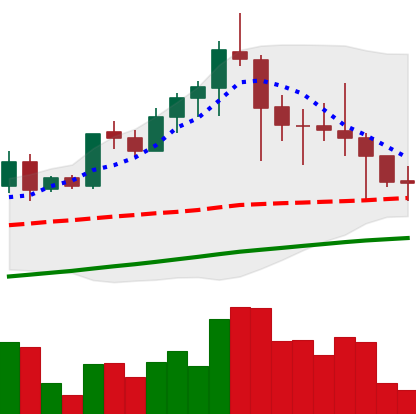
Ticker: LTC-USD
Chart end date: 2021-04-25
Forward return: 21.256%
Label: up_7plus